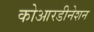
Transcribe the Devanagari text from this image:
कोआरडीनेशन